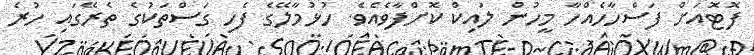
ފޮޓޮއަށް ފަސްހާހެއްހާ މީހުން ލައިކް ކޮށްފާވެއެވެ. ހުޅުމާލޭގެ ފެހި ގަސްތަކުގެ ތެރޭގައި ހުރެ